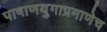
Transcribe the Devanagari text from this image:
पाषाणयुगाप्रमाणेच